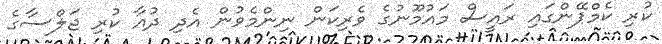
ކުރި ކެމްޕޭންގައި ރައީސް މައުމޫނުގެ ވެރިކަން ނިންމެވުން އެދި ދުއާ ކުރި ޖަލްސާގެ